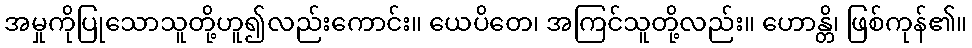
အမှုကိုပြုသောသူတို့ဟူ၍လည်းကောင်း။ ယေပိတေ၊ အကြင်သူတို့လည်း။ ဟောန္တိ၊ ဖြစ်ကုန်၏။